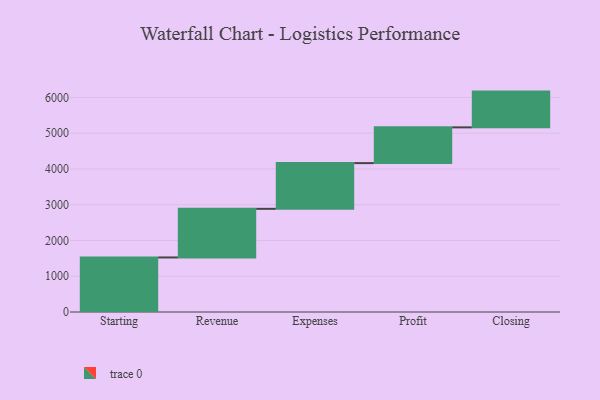
{"axis": {"x": "Step", "y": "Value"}, "legend": [""], "data": [{"x": "Starting", "y": 1525.0, "type": ""}, {"x": "Revenue", "y": 1360.0, "type": ""}, {"x": "Expenses", "y": 1278.0, "type": ""}, {"x": "Profit", "y": 1000, "type": ""}, {"x": "Closing", "y": 1000, "type": ""}]}